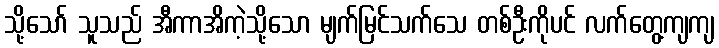
သို့သော် သူသည် အီကာအိကဲ့သို့သော မျက်မြင်သက်သေ တစ်ဦးကိုပင် လက်တွေ့ကျကျ